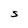
Character: S